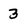
Character: 3